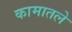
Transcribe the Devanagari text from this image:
कामातले